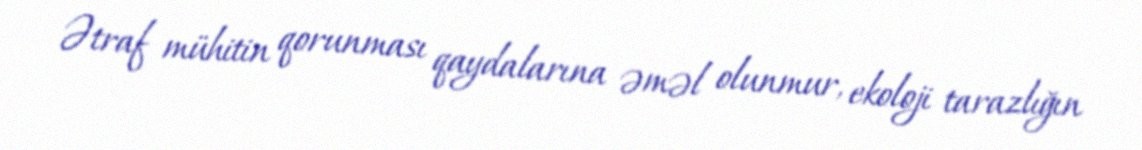
Ətraf mühitin qorunması qaydalarına əməl olunmur, ekoloji tarazlığın